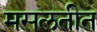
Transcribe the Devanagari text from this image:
मसलतीत